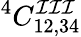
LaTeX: ^{4}C_{12,34}^{\mathcal{I}\mathcal{I}\mathcal{I}}